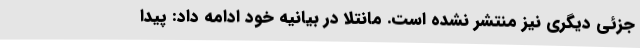
جزئی دیگری نیز منتشر نشده است. مانتلا در بیانیه‌ خود ادامه داد: پیدا